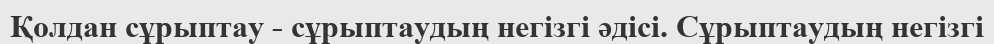
Қолдан сұрыптау - сұрыптаудың негізгі әдісі. Сұрыптаудың негізгі